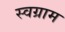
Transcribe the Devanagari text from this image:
स्वग्राम